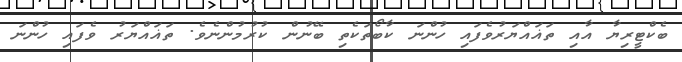
ބެކްޓީރިޔާ އާއި ތަޣައްޔަރުވެފައި ހުންނަ ކާބޯތަކެތި ބޭނުން ކުރުމުންނެވެ. ތަޣައްޔަރު ވެފައި ހުންނަ